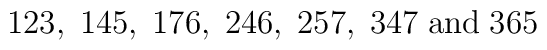
123, \; 145, \; 176, \; 246, \; 257, \; 347 \; \mbox{and} \; 365